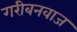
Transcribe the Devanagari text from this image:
गरीबनवाज